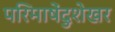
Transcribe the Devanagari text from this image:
परिमाषेंदुशेखर